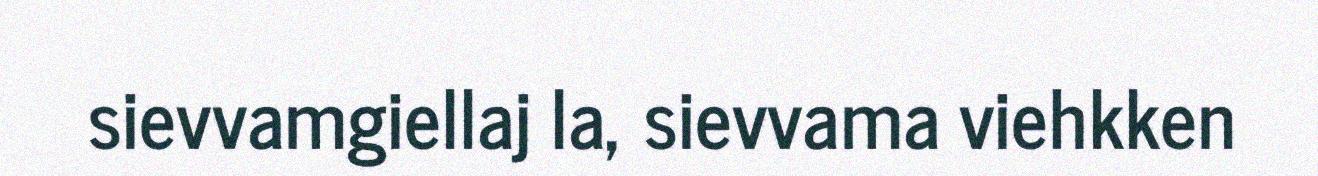
sievvamgiellaj la, sievvama viehkken